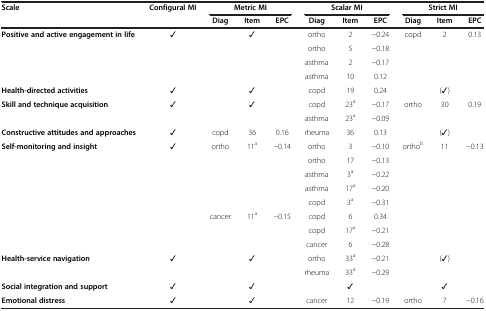
| Scale | Configural MI | <COLSPAN=3> Metric MI | <COLSPAN=3> Scalar MI | <COLSPAN=3> Strict MI |
 |  |  | Diag | Item | EPC | Diag | Item | EPC | Diag | Item | EPC |
 | --- | --- | --- | --- | --- | --- | --- | --- | --- | --- | --- |
 | <ROWSPAN=4> Positive and active engagement in life | <ROWSPAN=4> ✓ | <ROWSPAN=4>  | <ROWSPAN=4> ✓ | <ROWSPAN=4>  | ortho | 2 | -0.24 | <ROWSPAN=4> copd | <ROWSPAN=4> 2 | <ROWSPAN=4> 0.13 |
 | ortho | 5 | -0.18 |
 | asthma | 2 | -0.17 |
 | asthma | 10 | 0.12 |
 | Health-directed activities | ✓ |  | ✓ |  | copd | 19 | 0.24 |  | (✓) |  |
 | <ROWSPAN=2> Skill and technique acquisition | <ROWSPAN=2> ✓ | <ROWSPAN=2>  | <ROWSPAN=2> ✓ | <ROWSPAN=2>  | copd | 23a | -0.17 | <ROWSPAN=2> ortho | <ROWSPAN=2> 30 | <ROWSPAN=2> 0.19 |
 | asthma | 23a | -0.09 |
 | Constructive attitudes and approaches | ✓ | copd | 36 | 0.16 | rheuma | 36 | 0.13 |  | (✓) |  |
 | <ROWSPAN=8> Self-monitoring and insight | <ROWSPAN=8> ✓ | <ROWSPAN=5> ortho | <ROWSPAN=5> 11a | <ROWSPAN=5> -0.14 | ortho | 3 | -0.10 | <ROWSPAN=8> orthob | <ROWSPAN=8> 11 | <ROWSPAN=8> -0.13 |
 | ortho | 17 | -0.13 |
 | asthma | 3a | -0.22 |
 | asthma | 17a | -0.20 |
 | copd | 3a | -0.31 |
 | <ROWSPAN=3> cancer | <ROWSPAN=3> 11a | <ROWSPAN=3> -0.15 | copd | 6 | 0.34 |
 | copd | 17a | -0.21 |
 | cancer | 6 | -0.28 |
 | <ROWSPAN=2> Health-service navigation | <ROWSPAN=2> ✓ | <ROWSPAN=2>  | <ROWSPAN=2> ✓ | <ROWSPAN=2>  | ortho | 33a | -0.21 | <ROWSPAN=2>  | <ROWSPAN=2> (✓) | <ROWSPAN=2>  |
 | rheuma | 33a | -0.29 |
 | Social integration and support | ✓ |  | ✓ |  |  | ✓ |  |  | ✓ |  |
 | Emotional distress | ✓ |  | ✓ |  | cancer | 12 | -0.19 | ortho | 7 | -0.16 |